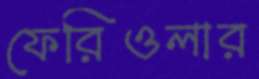
ফেরিওলার